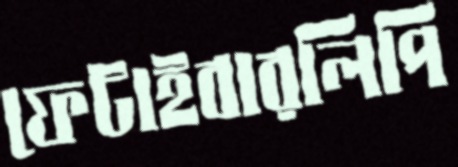
ফেটাইবারলিপি